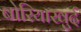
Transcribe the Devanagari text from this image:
बोरियाखुर्द